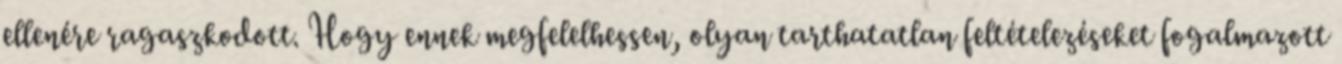
ellenére ragaszkodott. Hogy ennek megfelelhessen, olyan tarthatatlan feltételezéseket fogalmazott